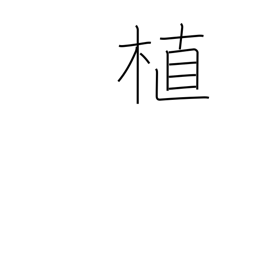
Meaning: plant